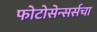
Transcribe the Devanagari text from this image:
फोटोसेन्सर्सचा